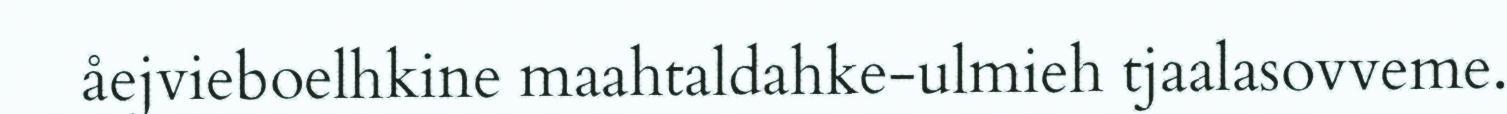
åejvieboelhkine maahtaldahke-ulmieh tjaalasovveme.